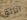
انزلق